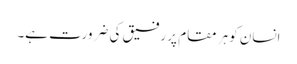
انسان کو ہر مقام پر رفیق کی ضرورت ہے۔